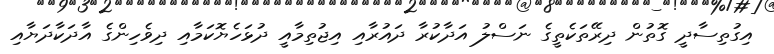
އިގުތިސާދީ ގޮތުން ދިރޭތަކެތީގެ ނަސްލު އަދާކުރާ ދައުރާއި އިޖުތިމާއީ ދުޅަހެޔޮކަމާއި ދިވެހިންގެ އާދަކާދަޔާއި